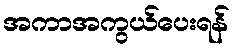
အကာအကွယ်ပေးရန်